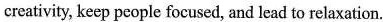
ereativity, keep peopie focused, ad lead to relaxation.